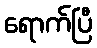
ရောက်ပြီ